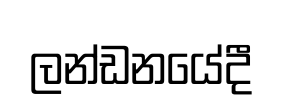
ලන්ඩනයේදී